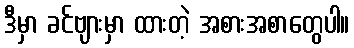
ဒီမှာ ခင်ဗျားမှာ ထားတဲ့ အစားအစာတွေပါ။